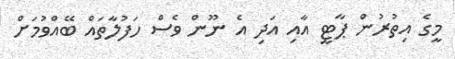
މީގެ އިތުރުން ޕާޓީ އާއި އަދި އެ ނޫން ވެސް ހަފުލާތައް ބޭއްވުމަށް